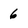
Character: 6